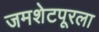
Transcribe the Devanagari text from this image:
जमशेटपूरला